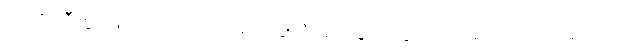
သတိကြီးစွာဖြင့် လှေကားထစ်တွေကို ခပ်သွက်သွက် လှမ်းတက်လာခဲ့သည်။